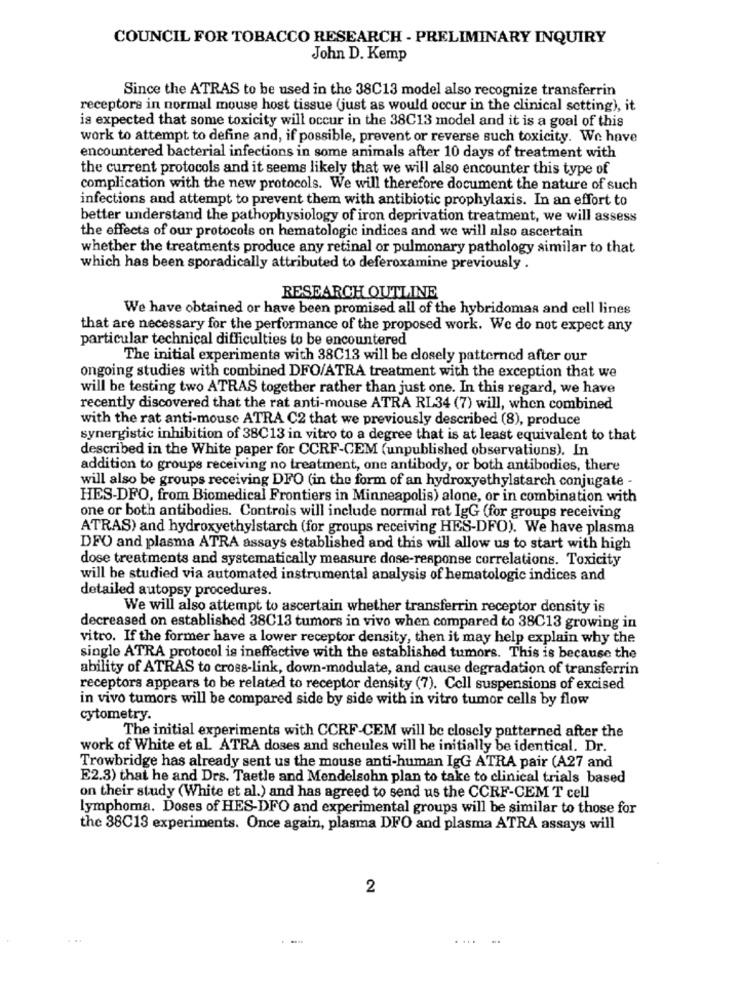
COUNCIL FOR TOBACCO RESEARCH - PRELIMINARY INQUIRY
John D. Kemp
Since the ATRAS to be used in the 38C13 model also recognize transferrin
receptors in normal mouse host tissue (just as would occur in the clinical setting), it
is expected that some toxicity will occur in the 38C13 model and it is a goal of this
work to attempt to define and, if possible, prevent or reverse such toxicity. We have
encountered bacterial infections in some animals after 10 days of treatment with
the current protocols and it seems likely that we will also encounter this type of
complication with the new protocols. We will therefore document the nature of such
infections and attempt to prevent them with antibiotic prophylaxis. In an effort to
better understand the pathophysiology of iron deprivation treatment, we will assess
the effects of our protocols on hematologic indices and we will also ascertain
whether the treatments produce any retinal or pulmonary pathology similar to that
which has been sporadically attributed to deferoxamine previously .
RESEARCH OUTLINE
We have obtained or have been promised all of the hybridomas and cell lines
that are necessary for the performance of the proposed work. We do not expect any
particular technical difficulties to be encountered
The initial experiments with 38C13 will be closely patterned after our
ongoing studies with combined DFO/ATRA treatment with the exception that we
will be testing two ATRAS together rather than just one. In this regard, we have
recently discovered that the rat anti-mouse ATRA RL34 (7) will, when combined
with the rat anti-mouse ATRA C2 that we previously described (8), produce
synergistic inhibition of 38C13 in vitro to a degree that is at least equivalent to that
described in the White paper for CCRF-CEM (unpublished observations). In
addition to groups receiving no treatment, one antibody, or both antibodies, there
will also be groups receiving DFO (in the form of an hydroxyethylstarch conjugate -
HES-DFO, from Biomedical Frontiers in Minneapolis) alone, or in combination with
one or both antibodies. Controls will include normal rat IgG (for groups receiving
ATRAS) and hydroxyethylstarch (for groups receiving HES-DFO). We have plasma
DFO and plasma ATRA assays established and this will allow us to start with high
dose treatments and systematically measure dose-response correlations. Toxicity
will be studied via automated instrumental analysis of hematologic indices and
detailed autopsy procedures.
We will also attempt to ascertain whether transferrin receptor density is
decreased on established 38C13 tumors in vivo when compared to 38C13 growing in
vitro. If the former have a lower receptor density, then it may help explain why the
single ATRA protocol is ineffective with the established tumors. This is because the
ability of ATRAS to cross-link, down-modulate, and cause degradation of transferrin
receptors appears to be related to receptor density (7). Cell suspensions of excised
in vivo tumors will be compared side by side with in vitro tumor cells by flow
cytometry.
The initial experiments with CCRF-CEM will be closely patterned after the
work of White et al. ATRA doses and scheules will he initially be identical. Dr.
Trowbridge has already sent us the mouse anti-human IgG ATRA pair (A27 and
E2.3) that he and Drs. Taetle and Mendelsohn plan to take to clinical trials based
on their study (White et al.) and has agreed to send us the CCRF-CEM T cell
lymphoma. Doses of HES-DFO and experimental groups will be similar to those for
the 38C13 experiments. Once again, plasma DFO and plasma ATRA assays will
2
...